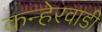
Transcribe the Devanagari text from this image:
कन्हेरवाडी